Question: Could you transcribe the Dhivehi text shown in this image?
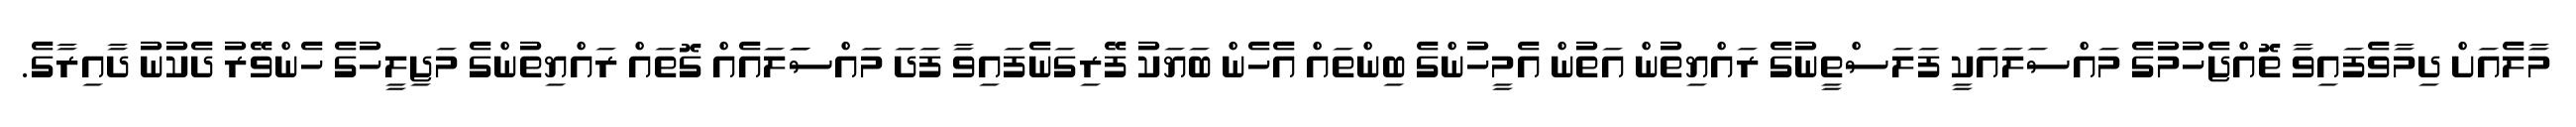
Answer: މާލެއަށް ދިމާވެފައިވާ ތޮއްޖެހުމުގެ މައްސަލައަކީ ފަލަސްތީނުގެ ރައްޔިތުން އަތުން އެމީހުންގެ ބިންތައް އެހެން ބަޔަކު ފޭރިގަނެފައިވާ ފަދަ މައްސަަލައެއް ގޮތައް ރައްޔިތުންގެ މަޖިލީހުގެ ހެންވޭރު ދެކުނު ދާއިރާގެ.